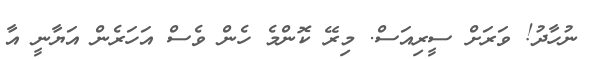
ނުހާދު! ވަރަށް ސީރިއަސް. މިރޭ ކޮންމެ ހެން ވެސް އަހަރެން އަޔާނީ އާ